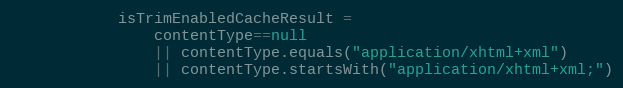
Language: Java
			isTrimEnabledCacheResult =
				contentType==null
				|| contentType.equals("application/xhtml+xml")
				|| contentType.startsWith("application/xhtml+xml;")